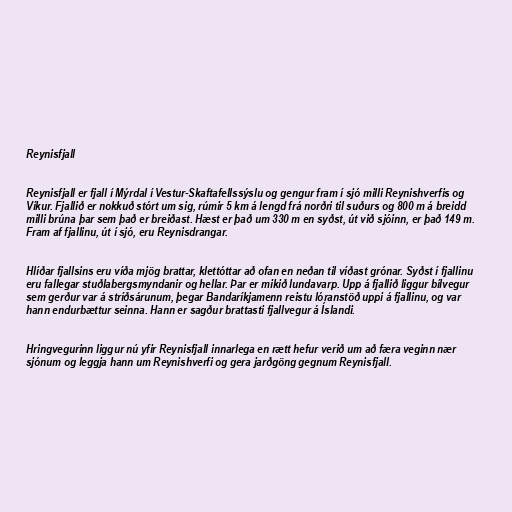
Reynisfjall

Reynisfjall er fjall í Mýrdal í Vestur-Skaftafellssýslu og gengur fram í sjó milli Reynishverfis og
Víkur. Fjallið er nokkuð stórt um sig, rúmir 5 km á lengd frá norðri til suðurs og 800 m á breidd
milli brúna þar sem það er breiðast. Hæst er það um 330 m en syðst, út við sjóinn, er það 149 m.
Fram af fjallinu, út í sjó, eru Reynisdrangar.

Hlíðar fjallsins eru víða mjög brattar, klettóttar að ofan en neðan til víðast grónar. Syðst í fjallinu
eru fallegar stuðlabergsmyndanir og hellar. Þar er mikið lundavarp. Upp á fjallið liggur bílvegur
sem gerður var á stríðsárunum, þegar Bandaríkjamenn reistu lóranstöð uppi á fjallinu, og var
hann endurbættur seinna. Hann er sagður brattasti fjallvegur á Íslandi.

Hringvegurinn liggur nú yfir Reynisfjall innarlega en rætt hefur verið um að færa veginn nær
sjónum og leggja hann um Reynishverfi og gera jarðgöng gegnum Reynisfjall.